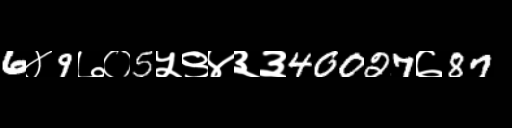
Text: 6४9७०5५९४३३40027७87